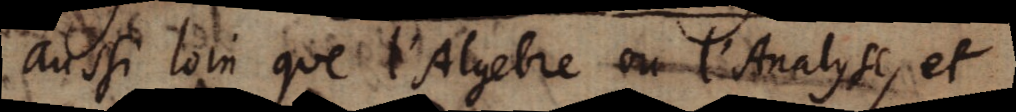
aussi loin que l’Algebre ou l’Analyse, et